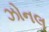
ઝોનલ